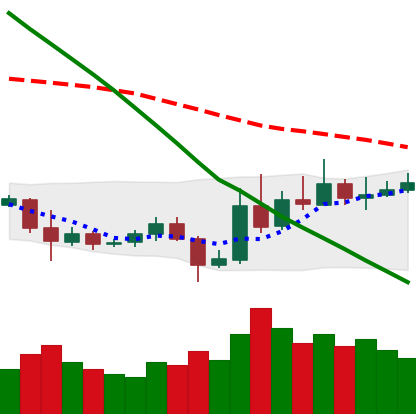
Ticker: ETC-USD
Chart end date: 2019-11-02
Forward return: 6.43%
Label: up_5_7